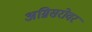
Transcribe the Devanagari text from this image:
अग्निसरोवर